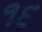
૧૬